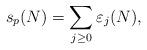
LaTeX: \begin{align*}s_p(N) = \sum_{j\ge 0} \varepsilon_j(N),\end{align*}